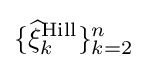
\{{\widehat {\xi }}_{k}^{\text{Hill}}\}_{k=2}^{n}